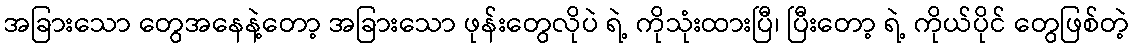
အခြားသော တွေအနေနဲ့တော့ အခြားသော ဖုန်းတွေလိုပဲ ရဲ့ ကိုသုံးထားပြီ၊ ပြီးတော့ ရဲ့ ကိုယ်ပိုင် တွေဖြစ်တဲ့